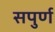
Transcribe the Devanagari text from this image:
सपुर्ण